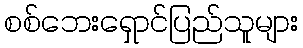
စစ်ဘေးရှောင်ပြည်သူများ